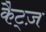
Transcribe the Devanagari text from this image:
कैट्ज़